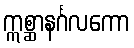
ဣစ္ဆာနင်္ဂလကော